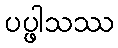
ပပ္ဖါသဿ